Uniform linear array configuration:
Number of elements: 8
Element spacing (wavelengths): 1
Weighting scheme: hann
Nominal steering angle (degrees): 60
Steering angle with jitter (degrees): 60.325
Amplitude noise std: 0.05
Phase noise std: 0.05

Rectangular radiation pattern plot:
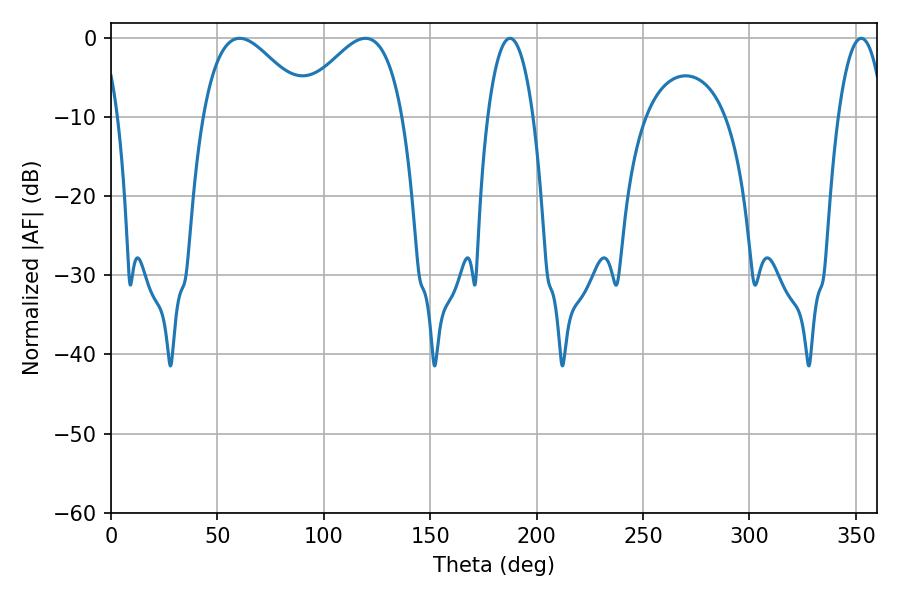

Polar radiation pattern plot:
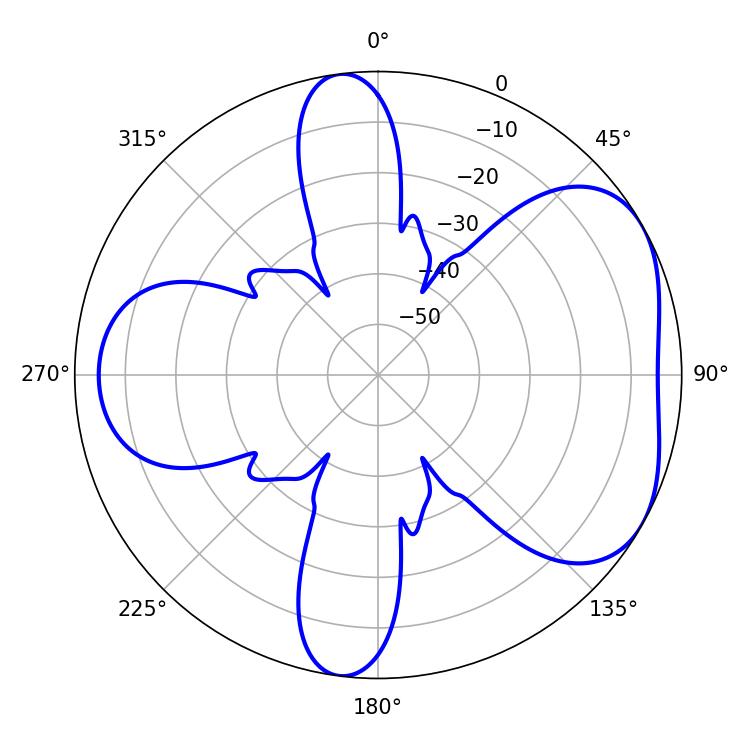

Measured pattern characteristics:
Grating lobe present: TRUE
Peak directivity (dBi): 4.797
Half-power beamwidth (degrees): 27
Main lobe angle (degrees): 60.48